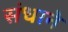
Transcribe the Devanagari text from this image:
संधाने